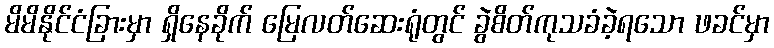
မိမိနိုင်ငံခြားမှာ ရှိနေခိုက် မြေလတ်ဆေးရုံတွင် ခွဲစိတ်ကုသခံခဲ့ရသော ဖခင်မှာ